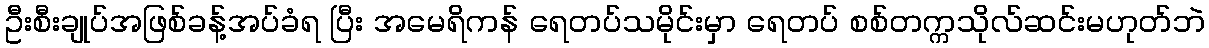
ဦးစီးချုပ်အဖြစ်ခန့်အပ်ခံရ ပြီး အမေရိကန် ရေတပ်သမိုင်းမှာ ရေတပ် စစ်တက္ကသိုလ်ဆင်းမဟုတ်ဘဲ